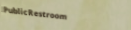
PublicRestroom